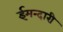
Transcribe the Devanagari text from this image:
ईमन्दारी